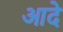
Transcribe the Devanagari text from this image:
आदे